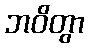
ဘဝိတွာ